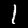
Digit: 1